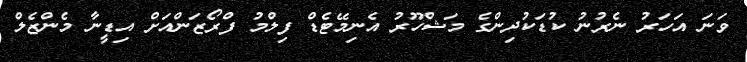
ވަނަ އަހަރު ނެރުނު ކުޑަކުދިންގެ މަޝްހޫރު އެނިމޭޓެޑް ފިލްމު ފްރޯޒަންއަށް އިޑީނާ މެންޒެލް